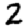
Digit: 2